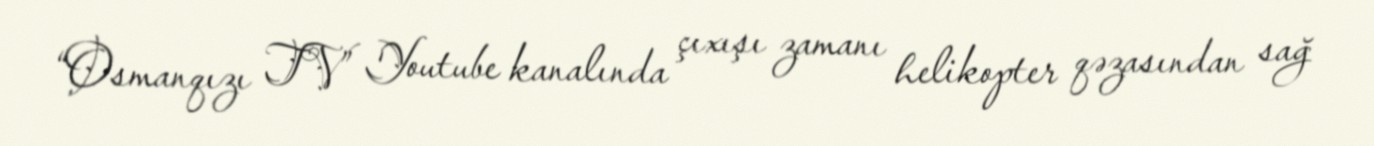
“Osmanqızı TV” Youtube kanalında çıxışı zamanı helikopter qəzasından sağ